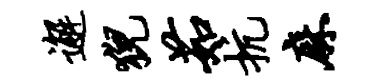
邂猊茹抗麻